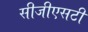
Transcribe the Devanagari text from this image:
सीजीएसटी